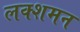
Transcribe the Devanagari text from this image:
लक्शमन